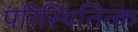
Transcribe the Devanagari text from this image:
परिस्थितित्क